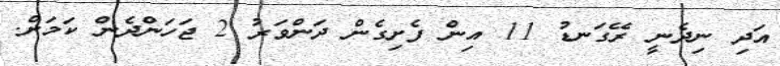
އަދި ނިދެނީ ރޭގަނޑު 11 އިން ފެށިގެން ދަންވަރު 2 ޖަހަންދެން ކަމަށް.